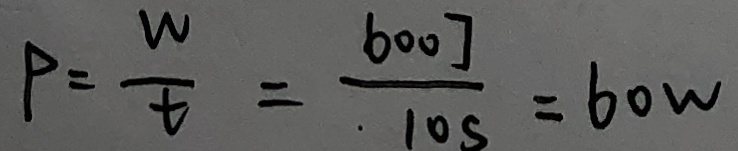
P = \frac { W } { t } = \frac { 6 0 0 J } { 1 0 s } = 6 0 w